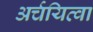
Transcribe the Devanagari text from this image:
अर्चयित्वा